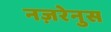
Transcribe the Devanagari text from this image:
नज़रेनुस